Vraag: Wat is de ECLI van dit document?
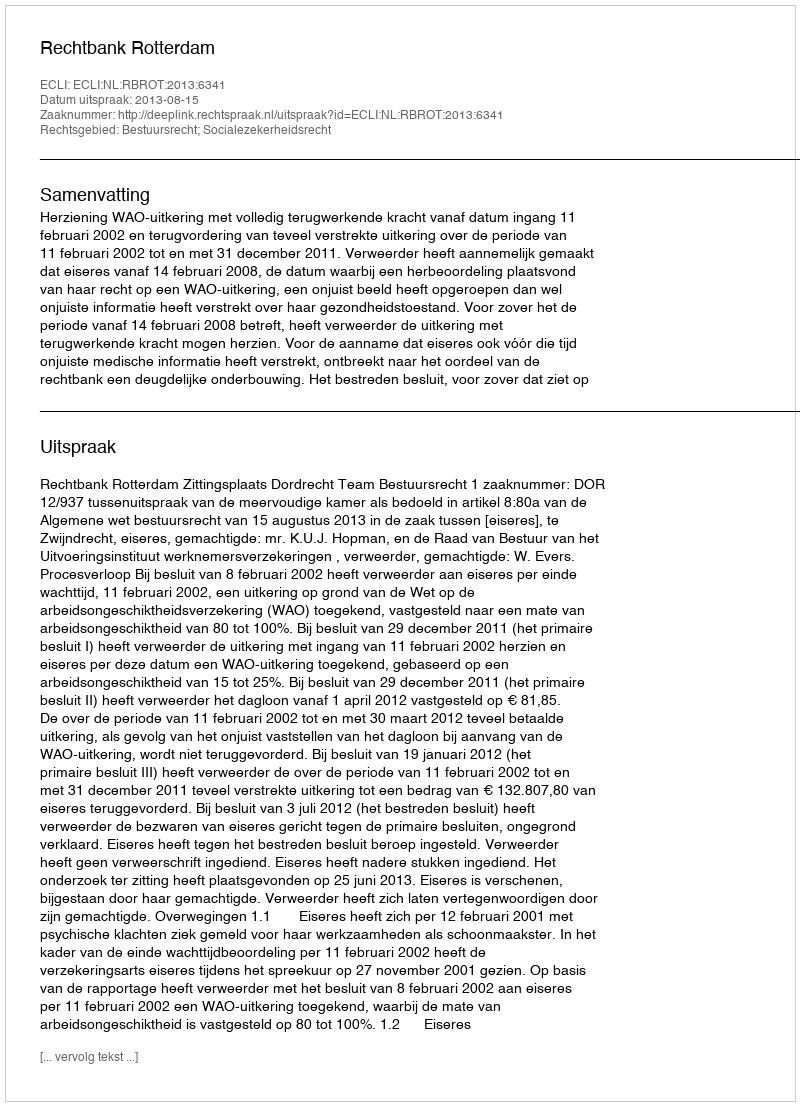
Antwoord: ECLI:NL:RBROT:2013:6341